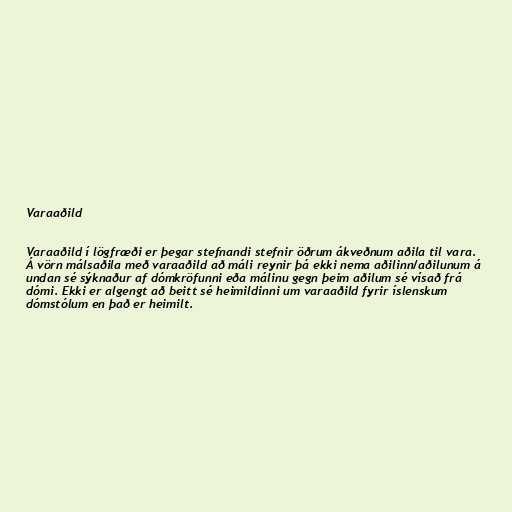
Varaaðild

Varaaðild í lögfræði er þegar stefnandi stefnir öðrum ákveðnum aðila til vara.
Á vörn málsaðila með varaaðild að máli reynir þá ekki nema aðilinn/aðilunum á
undan sé sýknaður af dómkröfunni eða málinu gegn þeim aðilum sé vísað frá
dómi. Ekki er algengt að beitt sé heimildinni um varaaðild fyrir íslenskum
dómstólum en það er heimilt.